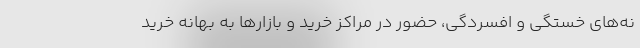
نه‌های خستگی و افسردگی، حضور در مراکز خرید و بازارها به بهانه خرید